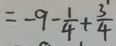
= - 9 - \frac { 1 } { 4 } + \frac { 3 } { 4 }